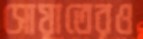
সোয়াতেরও